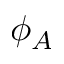
\phi _ { A }